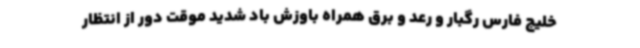
خلیج فارس رگبار و رعد و برق همراه باوزش باد شدید موقت دور از انتظار